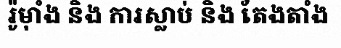
រ៉ូម៉ាំង និង ការស្លាប់ និង តែងតាំង